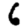
Digit: 6